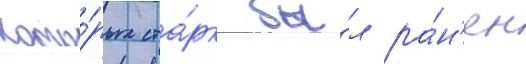
кото́рых ста́рк бы́л ра́н'ен